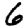
Digit: 6